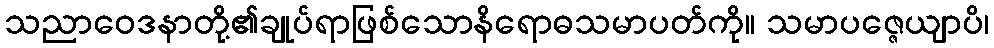
သညာဝေဒနာတို့၏ချုပ်ရာဖြစ်သောနိရောဓသမာပတ်ကို။ သမာပဇ္ဇေယျာပိ၊